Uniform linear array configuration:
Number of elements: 32
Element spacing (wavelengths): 1
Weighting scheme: hamming
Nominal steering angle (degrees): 60
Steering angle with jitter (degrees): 59.945
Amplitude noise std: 0.05
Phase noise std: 0.05

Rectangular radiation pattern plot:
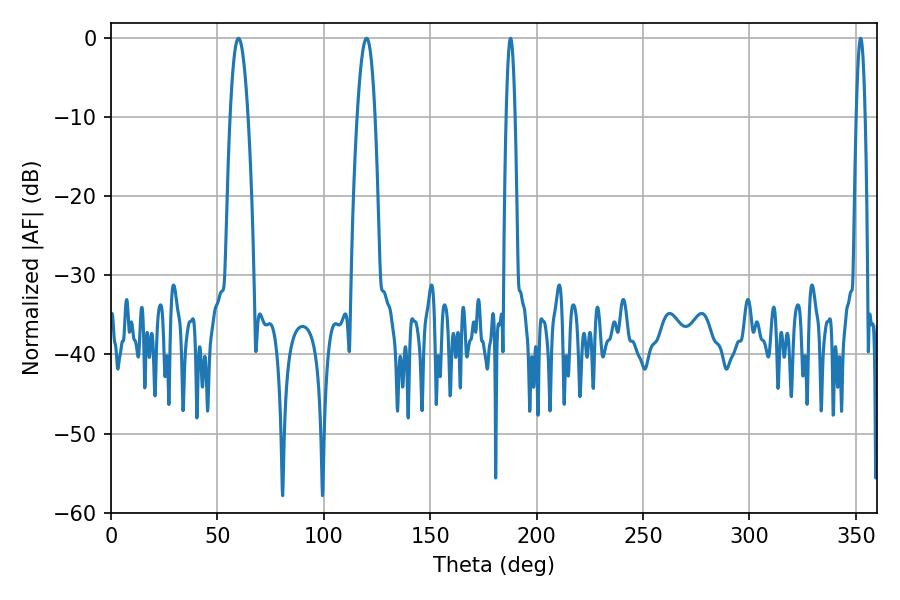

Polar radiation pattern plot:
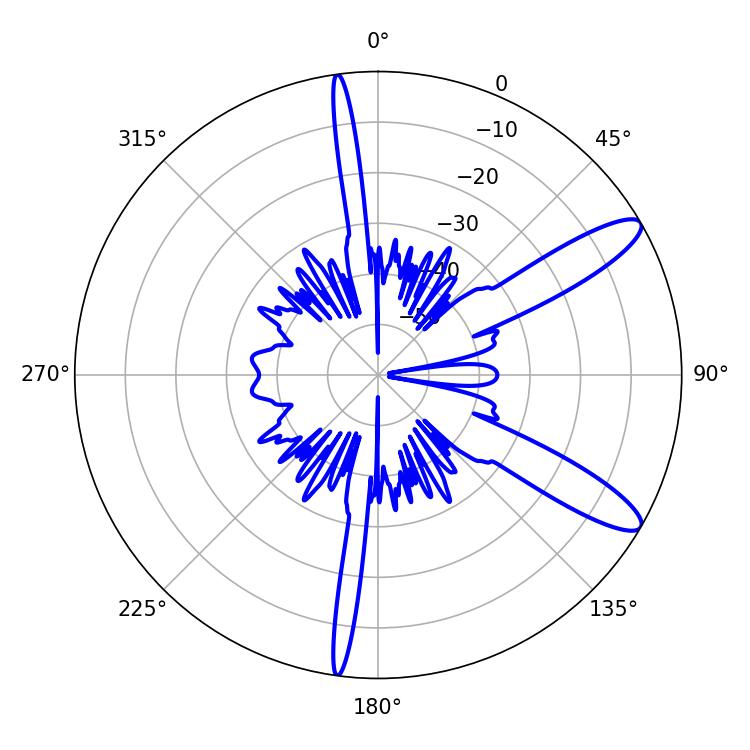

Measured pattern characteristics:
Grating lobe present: TRUE
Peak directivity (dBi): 11.558
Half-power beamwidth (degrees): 2.16
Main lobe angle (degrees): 352.26